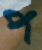
প